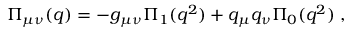
\Pi _ { \mu \nu } ( q ) = - g _ { \mu \nu } \Pi _ { 1 } ( q ^ { 2 } ) + q _ { \mu } q _ { \nu } \Pi _ { 0 } ( q ^ { 2 } ) \; ,